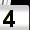
Digit: 4